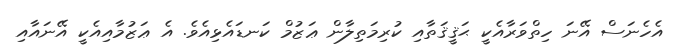
އެހެނަސް އޭނަ ހިތްވަރާއެކީ ޙަޤީޤަތާއި ކުރިމަތިލާން ޢަޒުމް ކަނޑައެޅިއެވެ. އެ ޢަޒުމާއިއެކީ އޭނައާއި